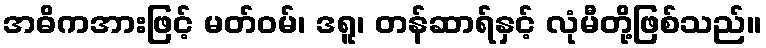
အဓိကအားဖြင့် မတ်ဝမ်၊ ဒရူ၊ တန်ဆာရ်နှင့် လုံမီတို့ဖြစ်သည်။